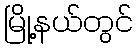
မြို့နယ်တွင်